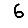
Digit: 6